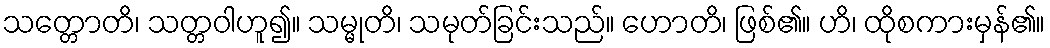
သတ္တောတိ၊ သတ္တဝါဟူ၍။ သမ္မုတိ၊ သမုတ်ခြင်းသည်။ ဟောတိ၊ ဖြစ်၏။ ဟိ၊ ထိုစကားမှန်၏။